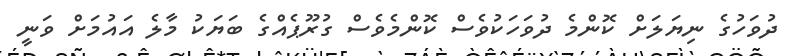
ދުވަހުގެ ނިޔަލަށް ކޮންމެ ދުވަހަކުވެސް ކޮންމެވެސް ގުރޫޕެއްގެ ބަޔަކު މާލެ އައުމަށް ވަނީ